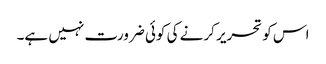
اس کو تحریر کرنے کی کوئی ضرورت نہیں ہے۔